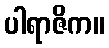
ပါရာဇိက။